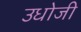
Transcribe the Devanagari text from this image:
उधोजी